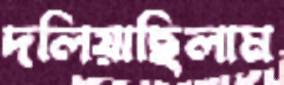
দলিয়াছিলাম